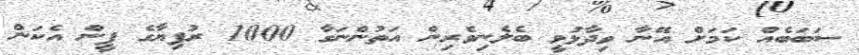
ސަބަބެއް ކަމަށް އޭނާ ވިދާޅުވީ ބެލެނިވެރިން އަތުންނަގާ 1000 ރުފިޔާގެ ފީން އެކަން